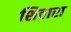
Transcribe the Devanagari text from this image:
शिवारा